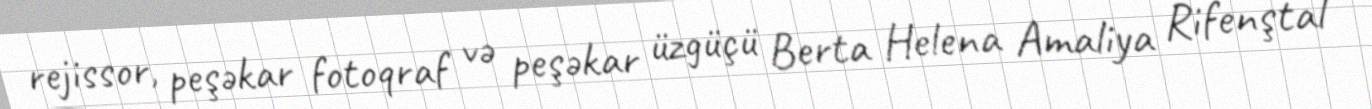
rejissor, peşəkar fotoqraf və peşəkar üzgüçü Berta Helena Amaliya Rifenştal